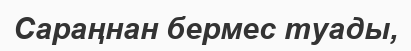
Сараңнан бермес туады,